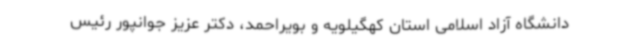
دانشگاه آزاد اسلامی استان کهگیلویه و بویراحمد، دکتر عزیز جوانپور رئیس